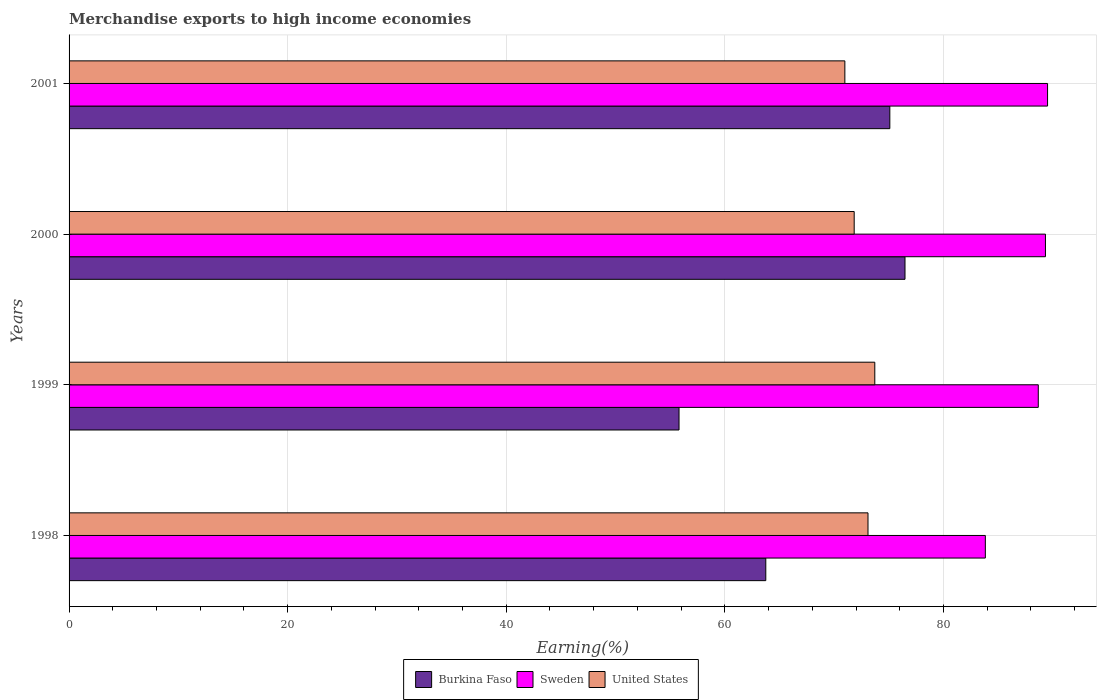
| Years | Burkina Faso | Sweden | United States |
 | --- | --- | --- | --- |
 | 1998 | 63.7 | 83.8 | 73.1 |
 | 1999 | 55.8 | 88.7 | 73.7 |
 | 2000 | 76.5 | 89.3 | 71.8 |
 | 2001 | 75.1 | 89.5 | 71 |